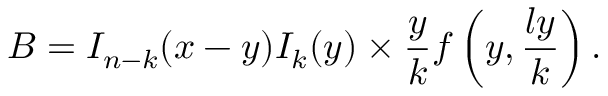
B = I _ { n - k } ( x - y ) I _ { k } ( y ) \times \frac { y } { k } f \left( y , \frac { l y } { k } \right) .